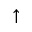
\uparrow